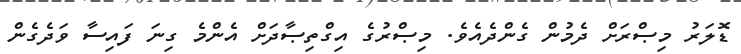
ޑޮލަރު މިޞްރަށް ދެމުން ގެންދެއެވެ. މިޞްރުގެ އިގްތިޞާދަށް އެންމެ ގިނަ ފައިސާ ވަދެގެން